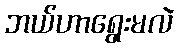
ဘယ်ဟာရွေးမလဲ